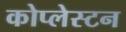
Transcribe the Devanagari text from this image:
कोप्लेस्टन